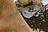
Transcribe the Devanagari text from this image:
मलेशियामध्येकरतात